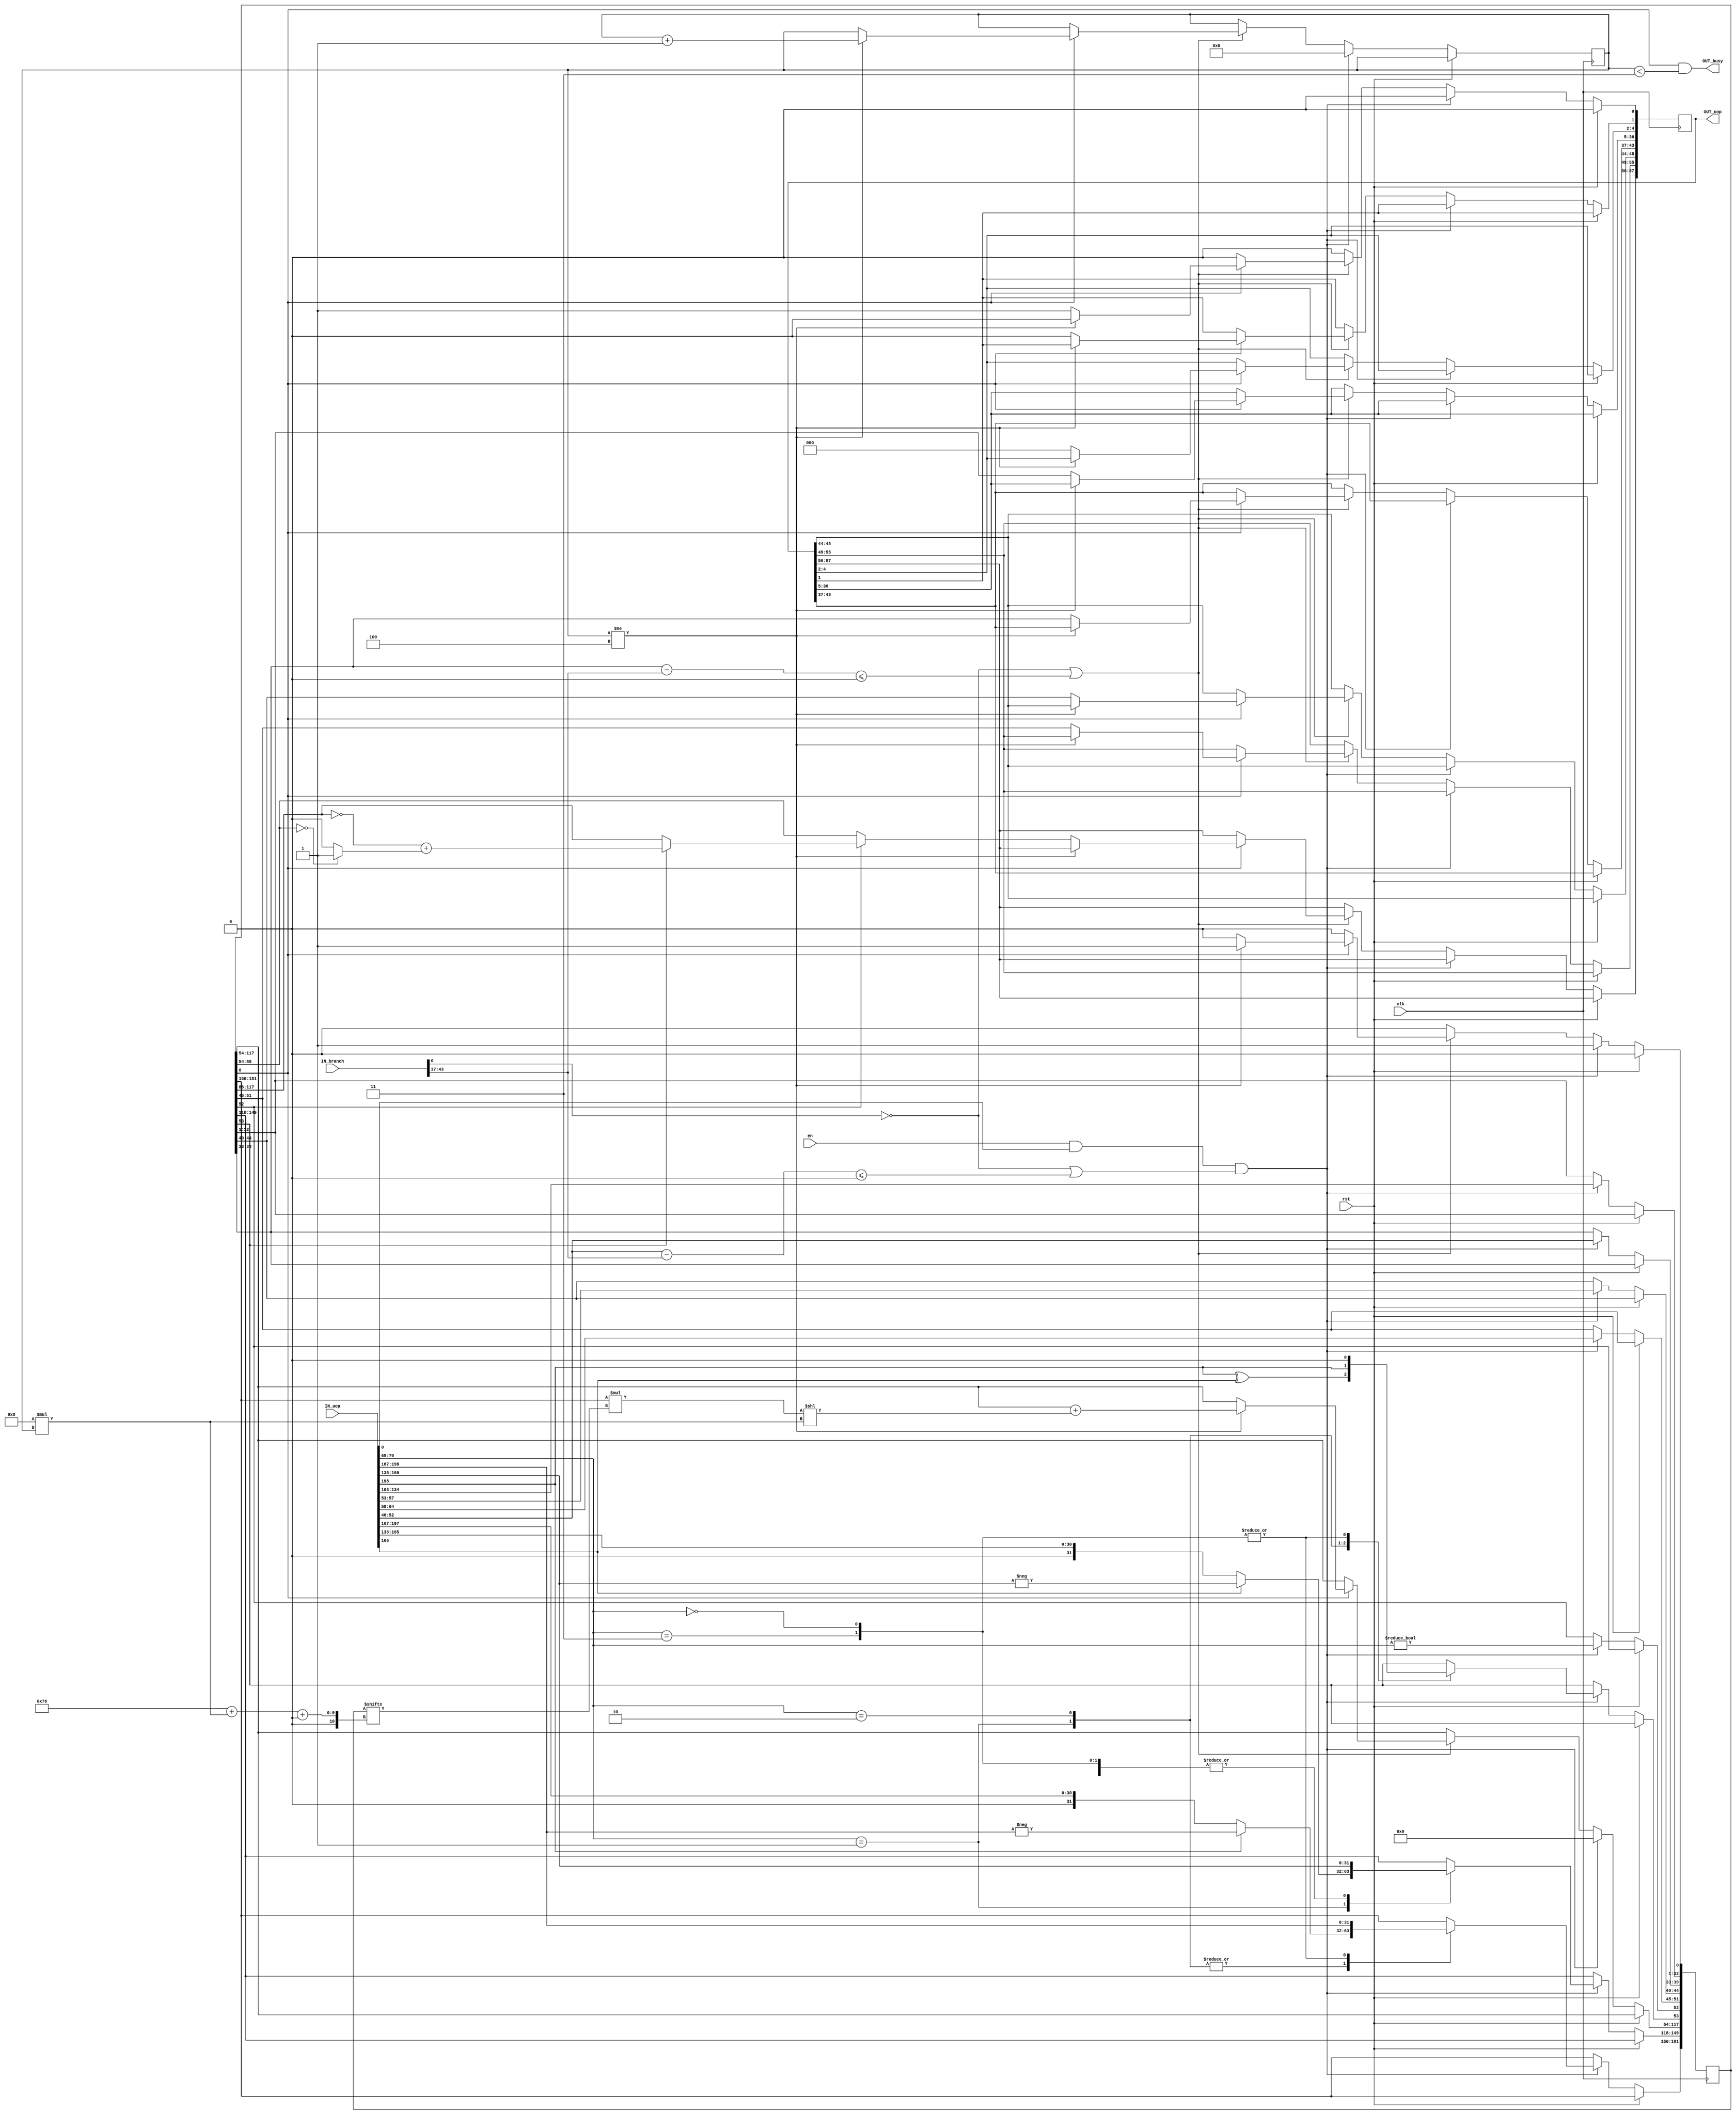
module MultiplySmall (
	clk,
	rst,
	en,
	OUT_busy,
	IN_branch,
	IN_uop,
	OUT_uop
);
	parameter NUM_STAGES = 4;
	parameter BITS = 32 / NUM_STAGES;
	input wire clk;
	input wire rst;
	input wire en;
	output wire OUT_busy;
	input wire [75:0] IN_branch;
	input wire [198:0] IN_uop;
	output reg [87:0] OUT_uop;
	integer i;
	reg [181:0] pl;
	reg [3:0] stage;
	assign OUT_busy = pl[0] && (stage < (NUM_STAGES - 1));
	always @(posedge clk) begin
		OUT_uop[0] <= 0;
		if (rst)
			pl[0] <= 0;
		else if ((en && IN_uop[0]) && (!IN_branch[0] || ($signed(IN_uop[52-:7] - IN_branch[43-:7]) <= 0))) begin
			pl[0] <= 1;
			pl[51-:7] <= IN_uop[64-:7];
			pl[44-:5] <= IN_uop[57-:5];
			pl[39-:7] <= IN_uop[52-:7];
			pl[32-:32] <= IN_uop[134-:32];
			pl[117-:64] <= 0;
			stage <= 0;
			case (IN_uop[70-:6])
				6'd1: begin
					pl[53] <= IN_uop[198] ^ IN_uop[166];
					pl[181-:32] <= (IN_uop[198] ? -IN_uop[198-:32] : IN_uop[198-:32]);
					pl[149-:32] <= (IN_uop[166] ? -IN_uop[166-:32] : IN_uop[166-:32]);
				end
				6'd2: begin
					pl[53] <= IN_uop[198];
					pl[181-:32] <= (IN_uop[198] ? -IN_uop[198-:32] : IN_uop[198-:32]);
					pl[149-:32] <= IN_uop[166-:32];
				end
				6'd0, 6'd3: begin
					pl[53] <= 0;
					pl[181-:32] <= IN_uop[198-:32];
					pl[149-:32] <= IN_uop[166-:32];
				end
				default:
					;
			endcase
			pl[52] <= IN_uop[70-:6] != 6'd0;
		end
		else if (!IN_branch[0] || ($signed(pl[39-:7] - IN_branch[43-:7]) <= 0)) begin
			if (pl[0])
				if (stage != NUM_STAGES) begin
					pl[117-:64] <= pl[117-:64] + ((pl[181-:32] * pl[118 + (BITS * stage)+:BITS]) << (BITS * stage));
					stage <= stage + 1;
				end
				else begin
					pl[0] <= 0;
					OUT_uop[0] <= 1;
					OUT_uop[55-:7] <= pl[51-:7];
					OUT_uop[48-:5] <= pl[44-:5];
					OUT_uop[43-:7] <= pl[39-:7];
					OUT_uop[36-:32] <= pl[32-:32];
					OUT_uop[4-:3] <= 3'd0;
					OUT_uop[1] <= 0;
					if (pl[52])
						OUT_uop[87-:32] <= (pl[53] ? ~pl[117:86] + (pl[85:54] == 0 ? 1 : 0) : pl[117:86]);
					else
						OUT_uop[87-:32] <= pl[85:54];
				end
		end
		else
			pl[0] <= 0;
	end
endmodule